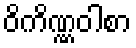
ဝိကိဏ္ဏဝါစာ